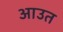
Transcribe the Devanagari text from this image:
आउत